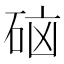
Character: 𮵑